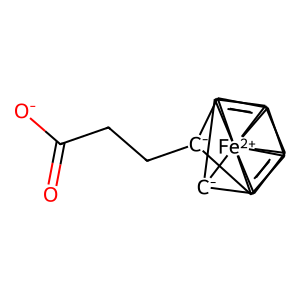
SMILES: O=C([O-])CC[C-]1C2=C3C4=C1[Fe+2]3421567C2=C1[C-]5C6=C27
Inhibits HIV replication: No